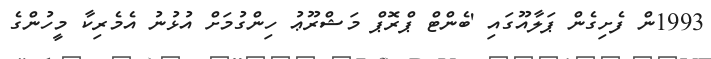
1993ން ފެށިގެން ޕަލާއޫގައި 'ބެންޓް ޕްރޮޕް މަޝްރޫޢު ހިންގުމަށް އުޅުނު އެމެރިކާ މީހުންގެ